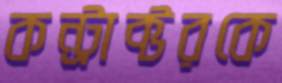
কন্ট্রাক্টরকে